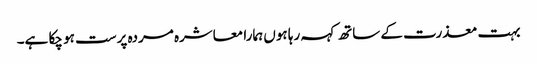
بہت معذرت کے ساتھ کہہ رہا ہوں ہمارا معاشرہ مردہ پرست ہو چکا ہے۔